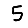
Digit: 5